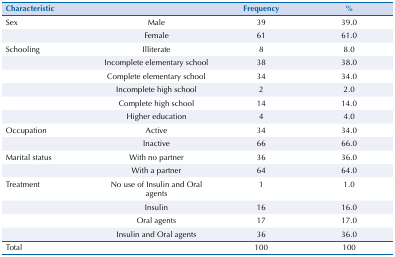
<table><thead><tr><td><b>Characteristic</b></td><td><b> </b></td><td><b>Frequency</b></td><td><b>%</b></td></tr></thead><tbody><tr><td>Sex</td><td>Male</td><td>39</td><td>39.0</td></tr><tr><td> </td><td>Female</td><td>61</td><td>61.0</td></tr><tr><td>Schooling</td><td>Illiterate</td><td>8</td><td>8.0</td></tr><tr><td> </td><td>Incomplete elementary school</td><td>38</td><td>38.0</td></tr><tr><td> </td><td>Complete elementary school</td><td>34</td><td>34.0</td></tr><tr><td> </td><td>Incomplete high school</td><td>2</td><td>2.0</td></tr><tr><td> </td><td>Complete high school</td><td>14</td><td>14.0</td></tr><tr><td> </td><td>Higher education</td><td>4</td><td>4.0</td></tr><tr><td>Occupation</td><td>Active</td><td>34</td><td>34.0</td></tr><tr><td> </td><td>Inactive</td><td>66</td><td>66.0</td></tr><tr><td>Marital status</td><td>With no partner</td><td>36</td><td>36.0</td></tr><tr><td> </td><td>With a partner</td><td>64</td><td>64.0</td></tr><tr><td>Treatment</td><td>No use of Insulin and Oral agents</td><td>1</td><td>1.0</td></tr><tr><td> </td><td>Insulin</td><td>16</td><td>16.0</td></tr><tr><td> </td><td>Oral agents</td><td>17</td><td>17.0</td></tr><tr><td> </td><td>Insulin and Oral agents</td><td>36</td><td>36.0</td></tr><tr><td>Total</td><td> </td><td>100</td><td>100</td></tr></tbody></table>